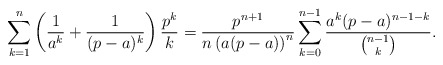
\begin{align*}\sum_{k = 1}^{n} \left(\frac{1}{a^k} + \frac{1}{(p - a)^k}\right) \frac{p^k}{k} = \frac{p^{n + 1}}{n \left(a (p - a)\right)^n} \sum_{k = 0}^{n - 1} \frac{a^k (p - a)^{n - 1 - k}}{\binom{n - 1}{k}} .\end{align*}